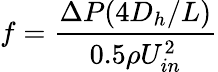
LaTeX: f=\frac{\Delta P(4D_{h}/L)}{0.5\rho U_{in}^{2}}